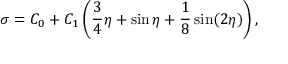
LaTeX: \sigma = C _ { 0 } + C _ { 1 } \left( \frac { 3 } { 4 } \eta + \sin \eta + \frac { 1 } { 8 } \sin ( 2 \eta ) \right) ,